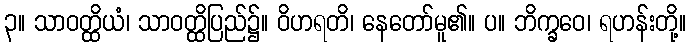
၃။ သာဝတ္ထိယံ၊ သာဝတ္ထိပြည်၌။ ဝိဟရတိ၊ နေတော်မူ၏။ ပ။ ဘိက္ခဝေ၊ ရဟန်းတို့။